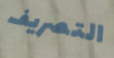
التصريف